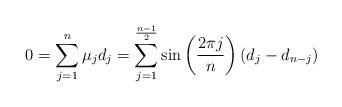
LaTeX: \begin{align*}0=\sum_{j=1}^n\mu_jd_j=\sum_{j=1}^{\frac{n-1}{2}}\sin\left(\frac{2\pi j}{n}\right)\left(d_j-d_{n-j}\right)\end{align*}